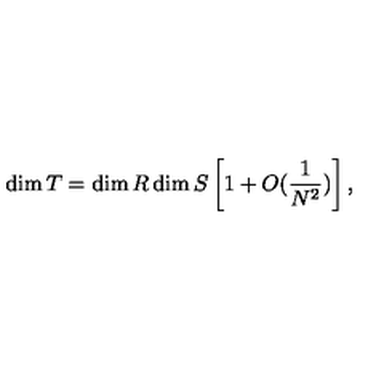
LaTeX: \dim T = \dim R \dim S \left[ 1 + O ( { \frac { 1 } { N ^ { 2 } } } ) \right] ,